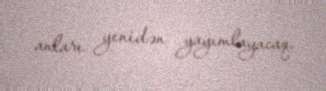
anları yenidən yayımlayacaq.